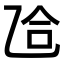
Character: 𫡥